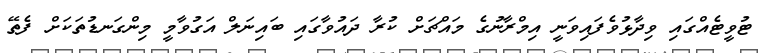
ޓުވީޓެއްގައި ވިދާޅުވެފައިވަނީ އިމްރާނުގެ މައްޗަށް ކުރާ ދައުވާގައި ބައިނަލް އަގުވާމީ މިންގަނޑުތަކަށް ފެތޭ